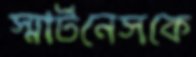
স্মার্টনেসকে